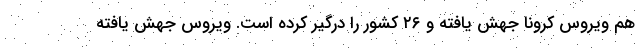
هم ویروس کرونا جهش یافته و ۲۶ کشور را درگیر کرده است. ویروس جهش یافته